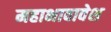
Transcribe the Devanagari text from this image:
महाभावावेश